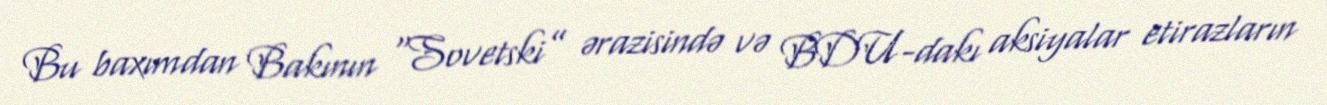
Bu baxımdan Bakının “Sovetski” ərazisində və BDU-dakı aksiyalar etirazların